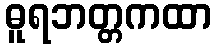
ဓူရဘတ္တကထာ